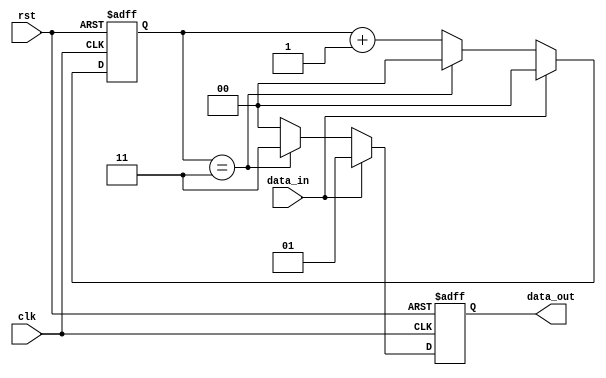
module add_v(rst,data_in,data_out,clk);

input data_in,rst,clk;
output [1:0]data_out;
reg [1:0]data_out;            //00011101V
reg [1:0]counter;               //0

always@(posedge clk or negedge rst) begin
    if(!rst) begin
        counter <= 0;
        data_out <= 0;
    end
    else if(data_in == 1'b1) begin  //1
        counter <= 0;                //101
        data_out <= 2'b01;
    end
    else if(data_in == 1'b0) begin                        //0+1
        counter <= counter + 1; 
        if(counter == 2'b11) begin    //04340
            data_out <= 2'b11;        //0V
            counter <= 0;            //
        end
        else data_out <= 2'b00;       //0400
    end
end

endmodule